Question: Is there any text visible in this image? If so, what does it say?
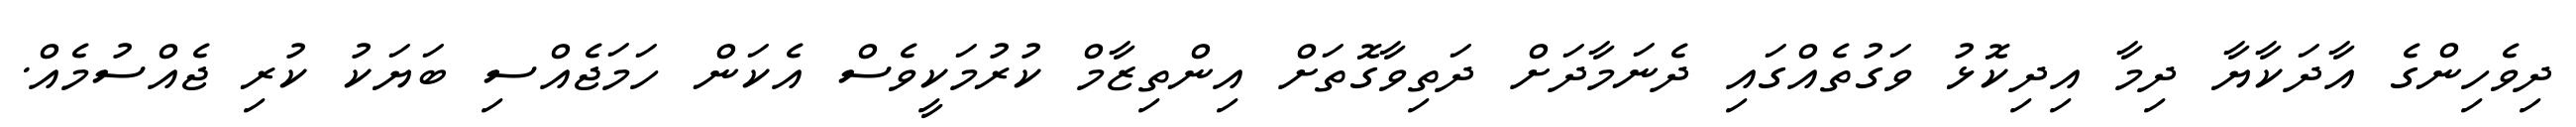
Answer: ދިވެހިންގެ އާދަކާޔާ ދިމާ އިދިކޮޅު ވަގުތެއްގައި ދެނަމާދަށް ދަތިވާގޮތަށް އިންތިޒާމް ކުރުމަކީވެސް އެކަން ހަމަޖެއްސި ބަޔަކު ކުރި ޖެއްސުމެއް.